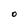
Character: O